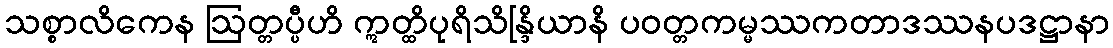
သစ္စာလိကေန ဩတ္တပ္ပီဟိ ဣတ္ထိပုရိသိန္ဒြိယာနိ ပဝတ္တကမ္မဿကတာဒဿနပဒဋ္ဌာနာ